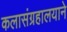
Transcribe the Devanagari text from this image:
कलासंग्रहालयाने